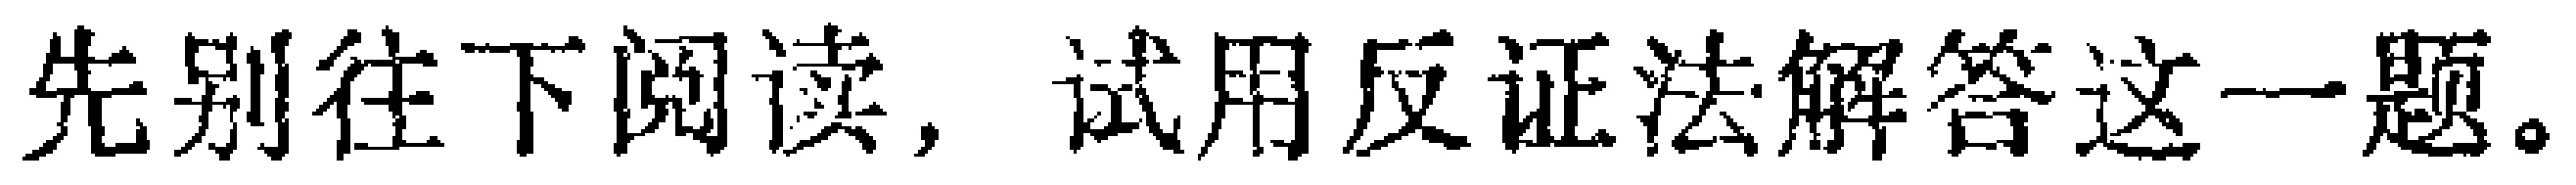
先别往下阅读，试用反证法解答这一题。